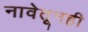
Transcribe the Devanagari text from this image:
नावेतूनही